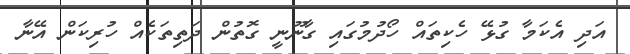
އަދި އެކަމާ ގުޅޭ ހެކިތައް ހޯދުމުގައި ގާނޫނީ ގޮތުން ދަތިތަކެއް ހުރިކަން އޭނާ